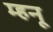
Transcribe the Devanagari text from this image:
म्हनू